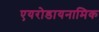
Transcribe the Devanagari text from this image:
एयरोडायनामिक